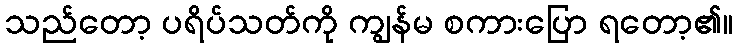
သည်တော့ ပရိပ်သတ်ကို ကျွန်မ စကားပြော ရတော့၏။